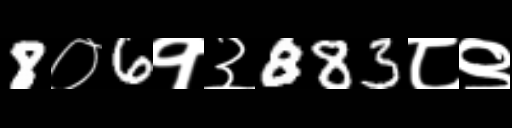
Text: 8०6१३883८९